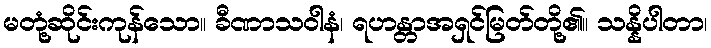
မတုံ့ဆိုင်းကုန်သော။ ခီဏာသဝါနံ၊ ရဟန္တာအရှင်မြတ်တို့၏။ သန္နိပါတာ၊